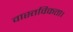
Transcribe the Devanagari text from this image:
वास्तविकता।